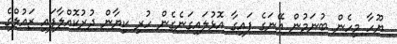
ޔޫހާ މިހެން ބުނަމުން އޭނަގެ ފައިގާ އޮޅުލައިގަނެގެން ހުރި ކިޔާން ދުރުކޮއްލާފައި ޒައުލްގެ